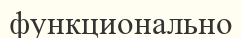
функционально